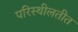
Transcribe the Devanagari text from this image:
परिस्थीलतीत